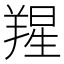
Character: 𦎬